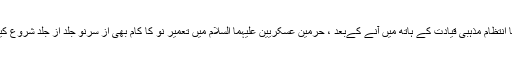
یقینا" سامرہ کا انتظام مذہبی قیادت کے ہاتھ میں آنے کےبعد ، حرمین عسکریین علیہما السلام میں تعمیر نو کا کام بھی از سرنو جلد از جلد شروع کیا جاسکے گا ۔